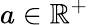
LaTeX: a\in\mathbb{R}^{+}